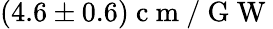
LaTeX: (4.6\pm 0.6)\mathrm{~c~m~/~G~W~}